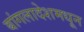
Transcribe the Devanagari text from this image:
बांगलादेशमधून